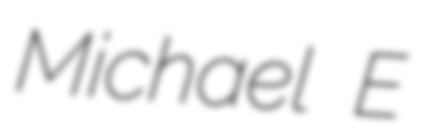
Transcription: Michael E